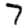
Digit: 7